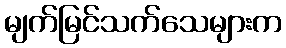
မျက်မြင်သက်သေများက